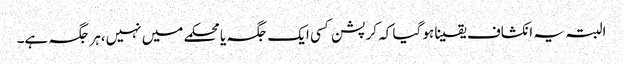
البتہ یہ انکشاف یقینا ہو گیا کہ کرپشن کسی ایک جگہ یا محکمے میں نہیں،ہر جگہ ہے۔